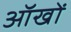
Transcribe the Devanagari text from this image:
ऑखों